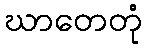
ဃာတေတုံ